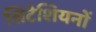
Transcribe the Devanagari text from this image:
सिटेशियनों